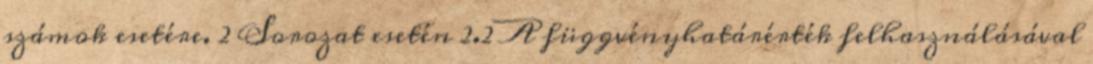
számok esetére. 2 Sorozat esetén 2.2 A függvényhatárérték felhasználásával